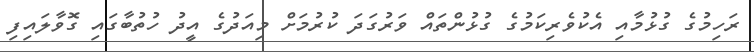
ރަހިމުގެ ގުޅުމާއި އެކުވެރިކަމުގެ ގުޅުންތައް ވަރުގަދަ ކުރުމަށް މިއަދުގެ އީދު ހުތުބާގައި ގޮވާލައިފި